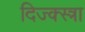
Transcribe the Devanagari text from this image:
दिज्क्स्त्रा